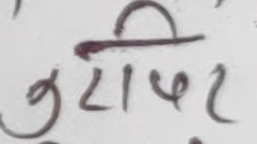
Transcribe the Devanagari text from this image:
जुराफीर